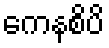
ကေနစိပိ